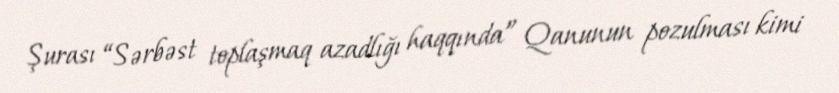
Şurası “Sərbəst toplaşmaq azadlığı haqqında” Qanunun pozulması kimi